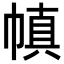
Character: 𫷊